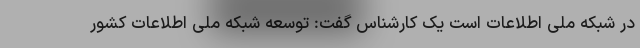
در شبکه ملی اطلاعات است یک کارشناس گفت: توسعه شبکه ملی اطلاعات کشور